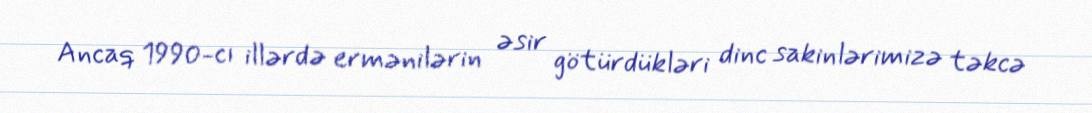
Ancaq 1990-cı illərdə ermənilərin əsir götürdükləri dinc sakinlərimizə təkcə